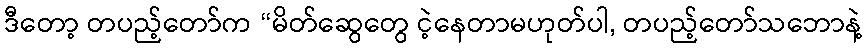
ဒီတော့ တပည့်တော်က “မိတ်ဆွေတွေ ငဲ့နေတာမဟုတ်ပါ, တပည့်တော်သဘောနဲ့